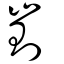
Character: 崱